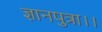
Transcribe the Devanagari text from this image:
ज्ञानपुत्रा।।